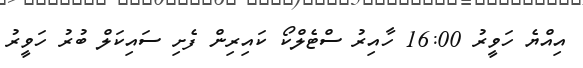
އިއްޔެ ހަވީރު 16:00 ހާއިރު ސްޓެލްކޯ ކައިރިން ފެށި ސައިކަލް ބުރު ހަވީރު